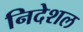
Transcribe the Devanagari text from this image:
निदेशल